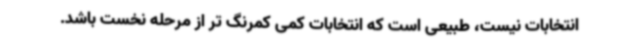
انتخابات نیست، طبیعی است که انتخابات کمی کمرنگ تر از مرحله نخست باشد.